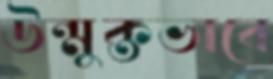
উন্মুক্তভাবে